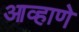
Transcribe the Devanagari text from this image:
आव्हाणे